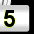
Digit: 5